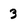
Character: 3